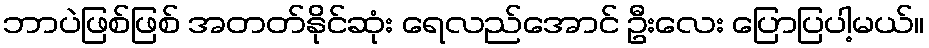
ဘာပဲဖြစ်ဖြစ် အတတ်နိုင်ဆုံး ရေလည်အောင် ဦးလေး ပြောပြပါ့မယ်။